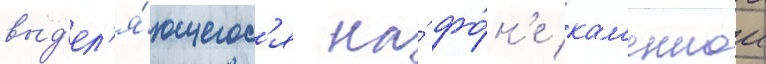
выд'ел'я́ющегос'я на́ фо́н'е кам'еннои